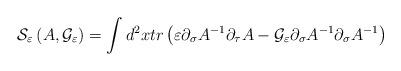
LaTeX: \begin{align*}{\cal S}_{\varepsilon}\left(A , {\cal G}_\varepsilon\right)=\int d^2x tr\left(\varepsilon \partial_\sigma A^{-1}\partial_\tau A -{\cal G}_\varepsilon \partial_\sigma A^{-1}\partial_\sigma A^{-1}\right)\end{align*}